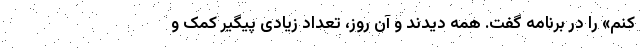
کنم» را در برنامه گفت. همه دیدند و آن روز، تعداد زیادی پیگیر کمک و